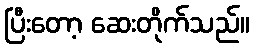
ပြီးတော့ ဆေးတိုက်သည်။